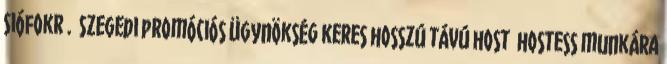
Siófokr . Szegedi promóciós ügynökség keres hosszú távú host hostess munkára